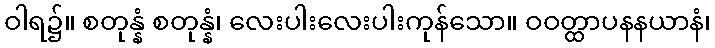
ဝါရ၌။ စတုန္နံ စတုန္နံ၊ လေးပါးလေးပါးကုန်သော။ ဝဝတ္ထာပနနယာနံ၊